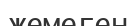
жемеген